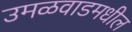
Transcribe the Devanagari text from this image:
उमळवाडमधील